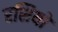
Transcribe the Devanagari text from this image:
रशियों